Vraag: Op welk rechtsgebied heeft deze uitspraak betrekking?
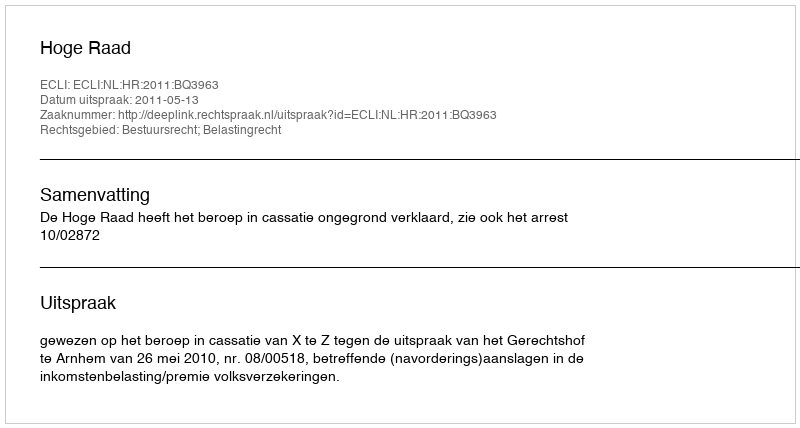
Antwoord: Bestuursrecht; Belastingrecht